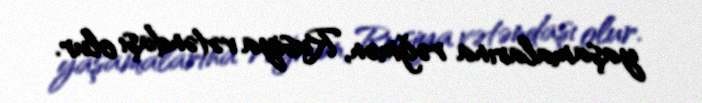
yaşamalarına rəğmən, Rusiya vətəndaşı olur.